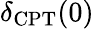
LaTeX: \delta_{\mathrm{CPT}}(0)